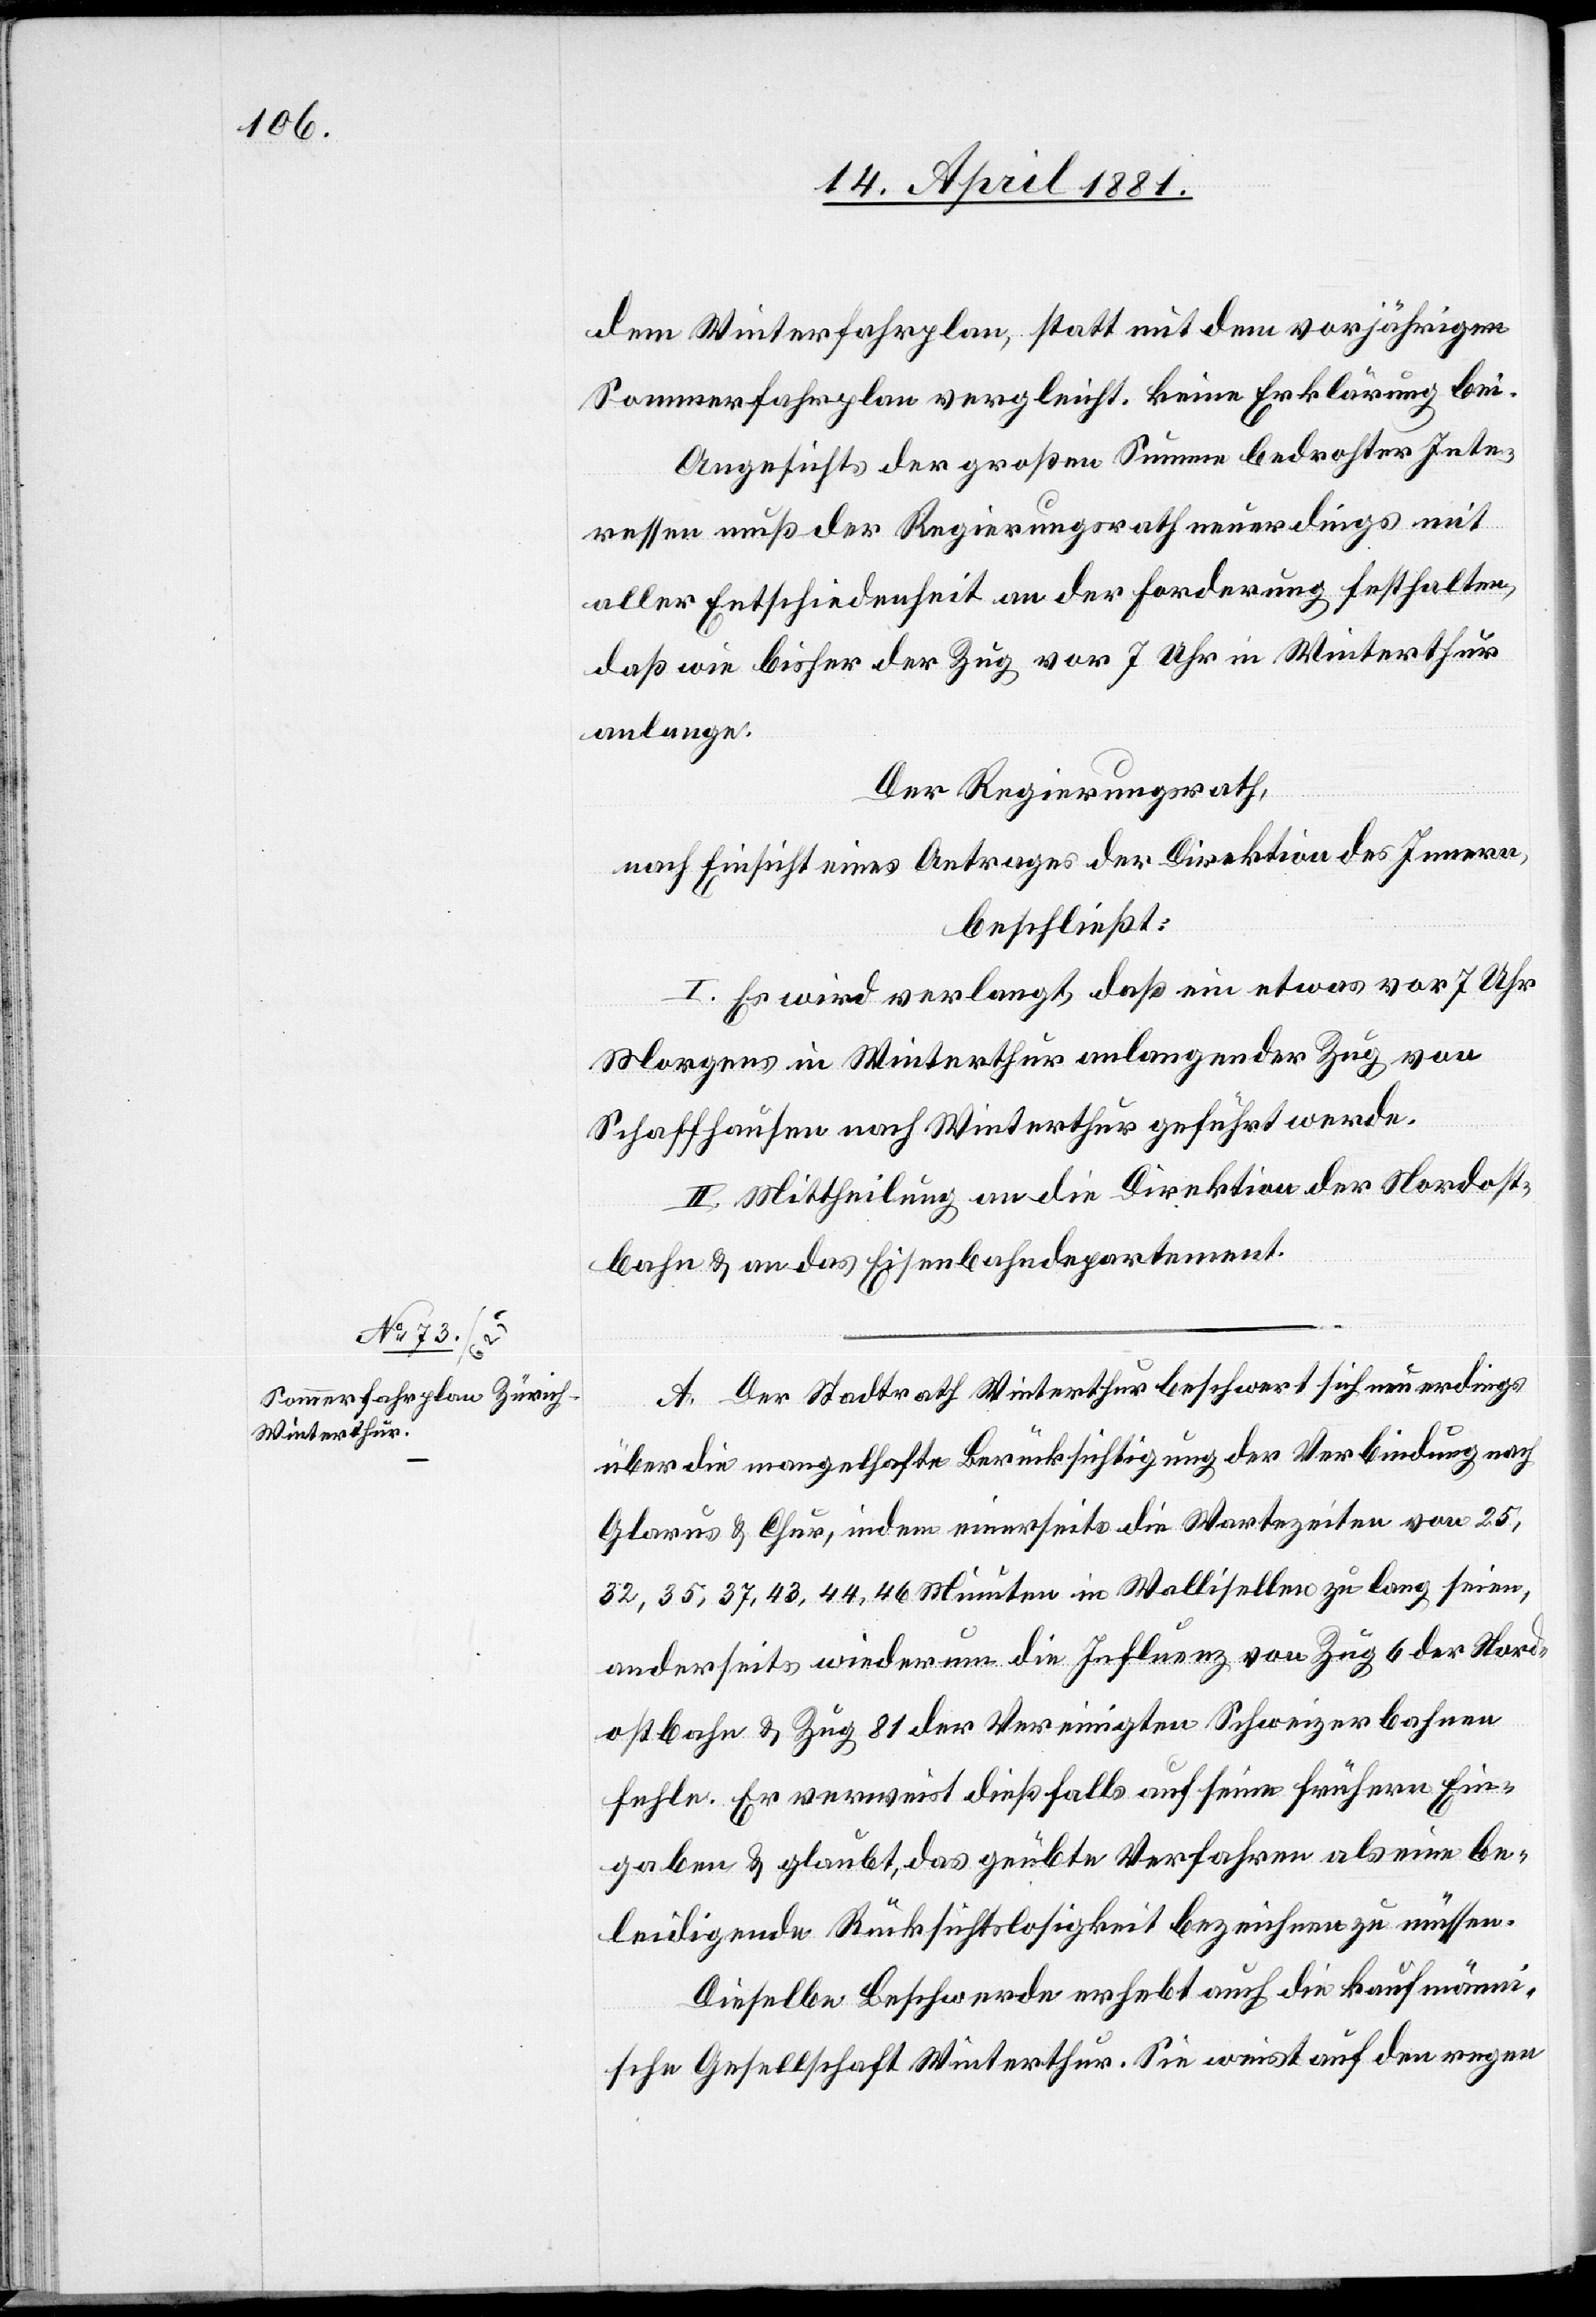
dem Winterfahrplan, statt mit dem vorjährigen
Sommerfahrplan vergleicht, keine Erklärung bei.
Angesichts der großen Summen bedrohter Inte¬
ressen muß der Regierungsrath neuerdings mit
aller Entschiedenheit an der Forderung festhalten,
daß wie bisher der Zug vor 7 Uhr in Winterthur
anlange.
Der Regierungsrath,
nach Einsicht eines Antrages der Direktion des Innern,
beschließt:
I. Es wird verlangt, daß ein etwas vor 7 Uhr
Morgens in Winterthur anlangender Zug von
Schaffhausen nach Winterthur geführt werde.
II. Mittheilung an die Direktion der Nordost¬
bahn & an das Eisenbahndepartement.
A. Der Stadtrath Winterthur beschwert sich neuerdings
über die mangelhafte Berücksichtigung der Verbindungen nach
Glarus & Chur, indem einerseits die Wartezeiten von 25,
32, 35, 37, 43, 44, 46 Minuten in Wallisellen zu lang seien,
anderseits wiederum die Influenz von Zug 6 der Nord¬
ostbahn & Zug 81 der Vereinigten Schweizerbahnen
fehle. Er verweist dießfalls auf seine frühern Ein¬
gaben & glaubt, das geübte Verfahren als eine be¬
leidigende Rücksichtslosigkeit bezeichnen zu müssen.
Dieselbe Beschwerde erhebt auch die kaufmänni¬
sche Gesellschaft Winterthur. Sie weist auf den regen